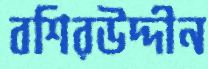
বশিরউদ্দীন